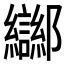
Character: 𲆤